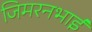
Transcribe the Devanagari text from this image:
जिमरनभाई